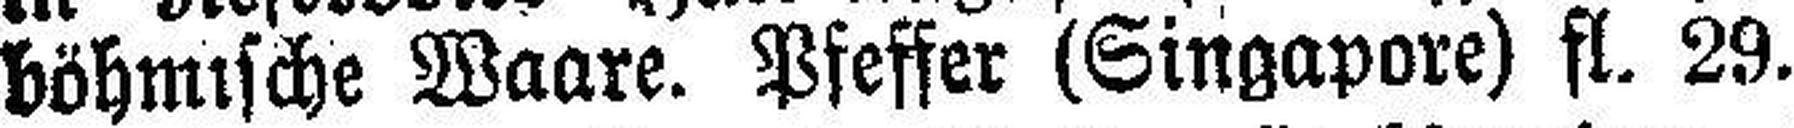
böhmische Waare. Pfeffer (Singapore) fl. 29.